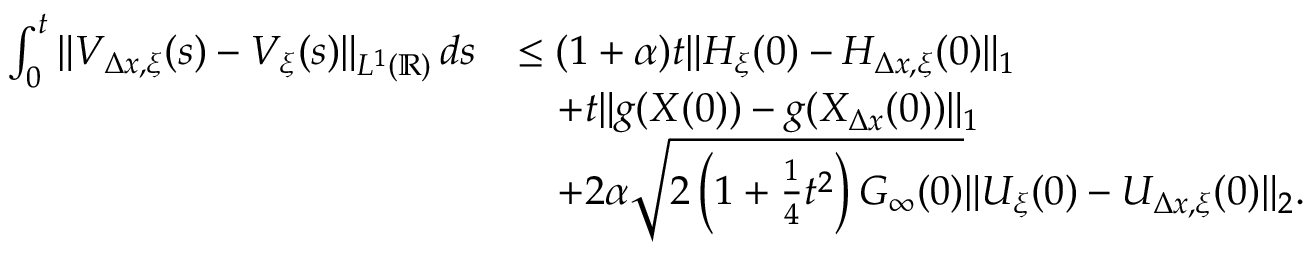
\begin{array} { r l } { \int _ { 0 } ^ { t } \| V _ { \Delta x , \xi } ( s ) - V _ { \xi } ( s ) \| _ { L ^ { 1 } ( \mathbb { R } ) } \, d s } & { \leq ( 1 + \alpha ) t \| H _ { \xi } ( 0 ) - H _ { \Delta x , \xi } ( 0 ) \| _ { 1 } } \\ & { \quad + t \| g ( X ( 0 ) ) - g ( X _ { \Delta x } ( 0 ) ) \| _ { 1 } } \\ & { \quad + 2 \alpha \sqrt { 2 \left( 1 + \frac { 1 } { 4 } t ^ { 2 } \right) G _ { \infty } ( 0 ) } \| U _ { \xi } ( 0 ) - U _ { \Delta x , \xi } ( 0 ) \| _ { 2 } . } \end{array}